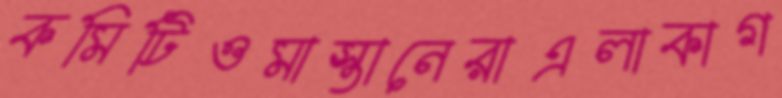
কমিটিওমাস্তানেরাএলাকাগ